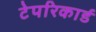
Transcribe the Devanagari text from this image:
टेपरिकार्ड